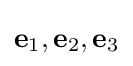
\mathbf {e} _{1},\mathbf {e} _{2},\mathbf {e} _{3}